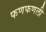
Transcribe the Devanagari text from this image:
फणफणली